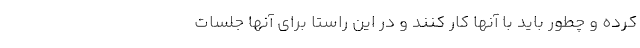
کرده و چطور باید با آنها کار کنند و در این راستا برای آنها جلسات